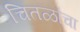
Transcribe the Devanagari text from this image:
चितळांचा